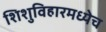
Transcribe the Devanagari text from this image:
शिशुविहारमध्येच